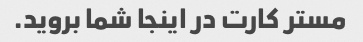
مستر کارت در اینجا شما بروید.